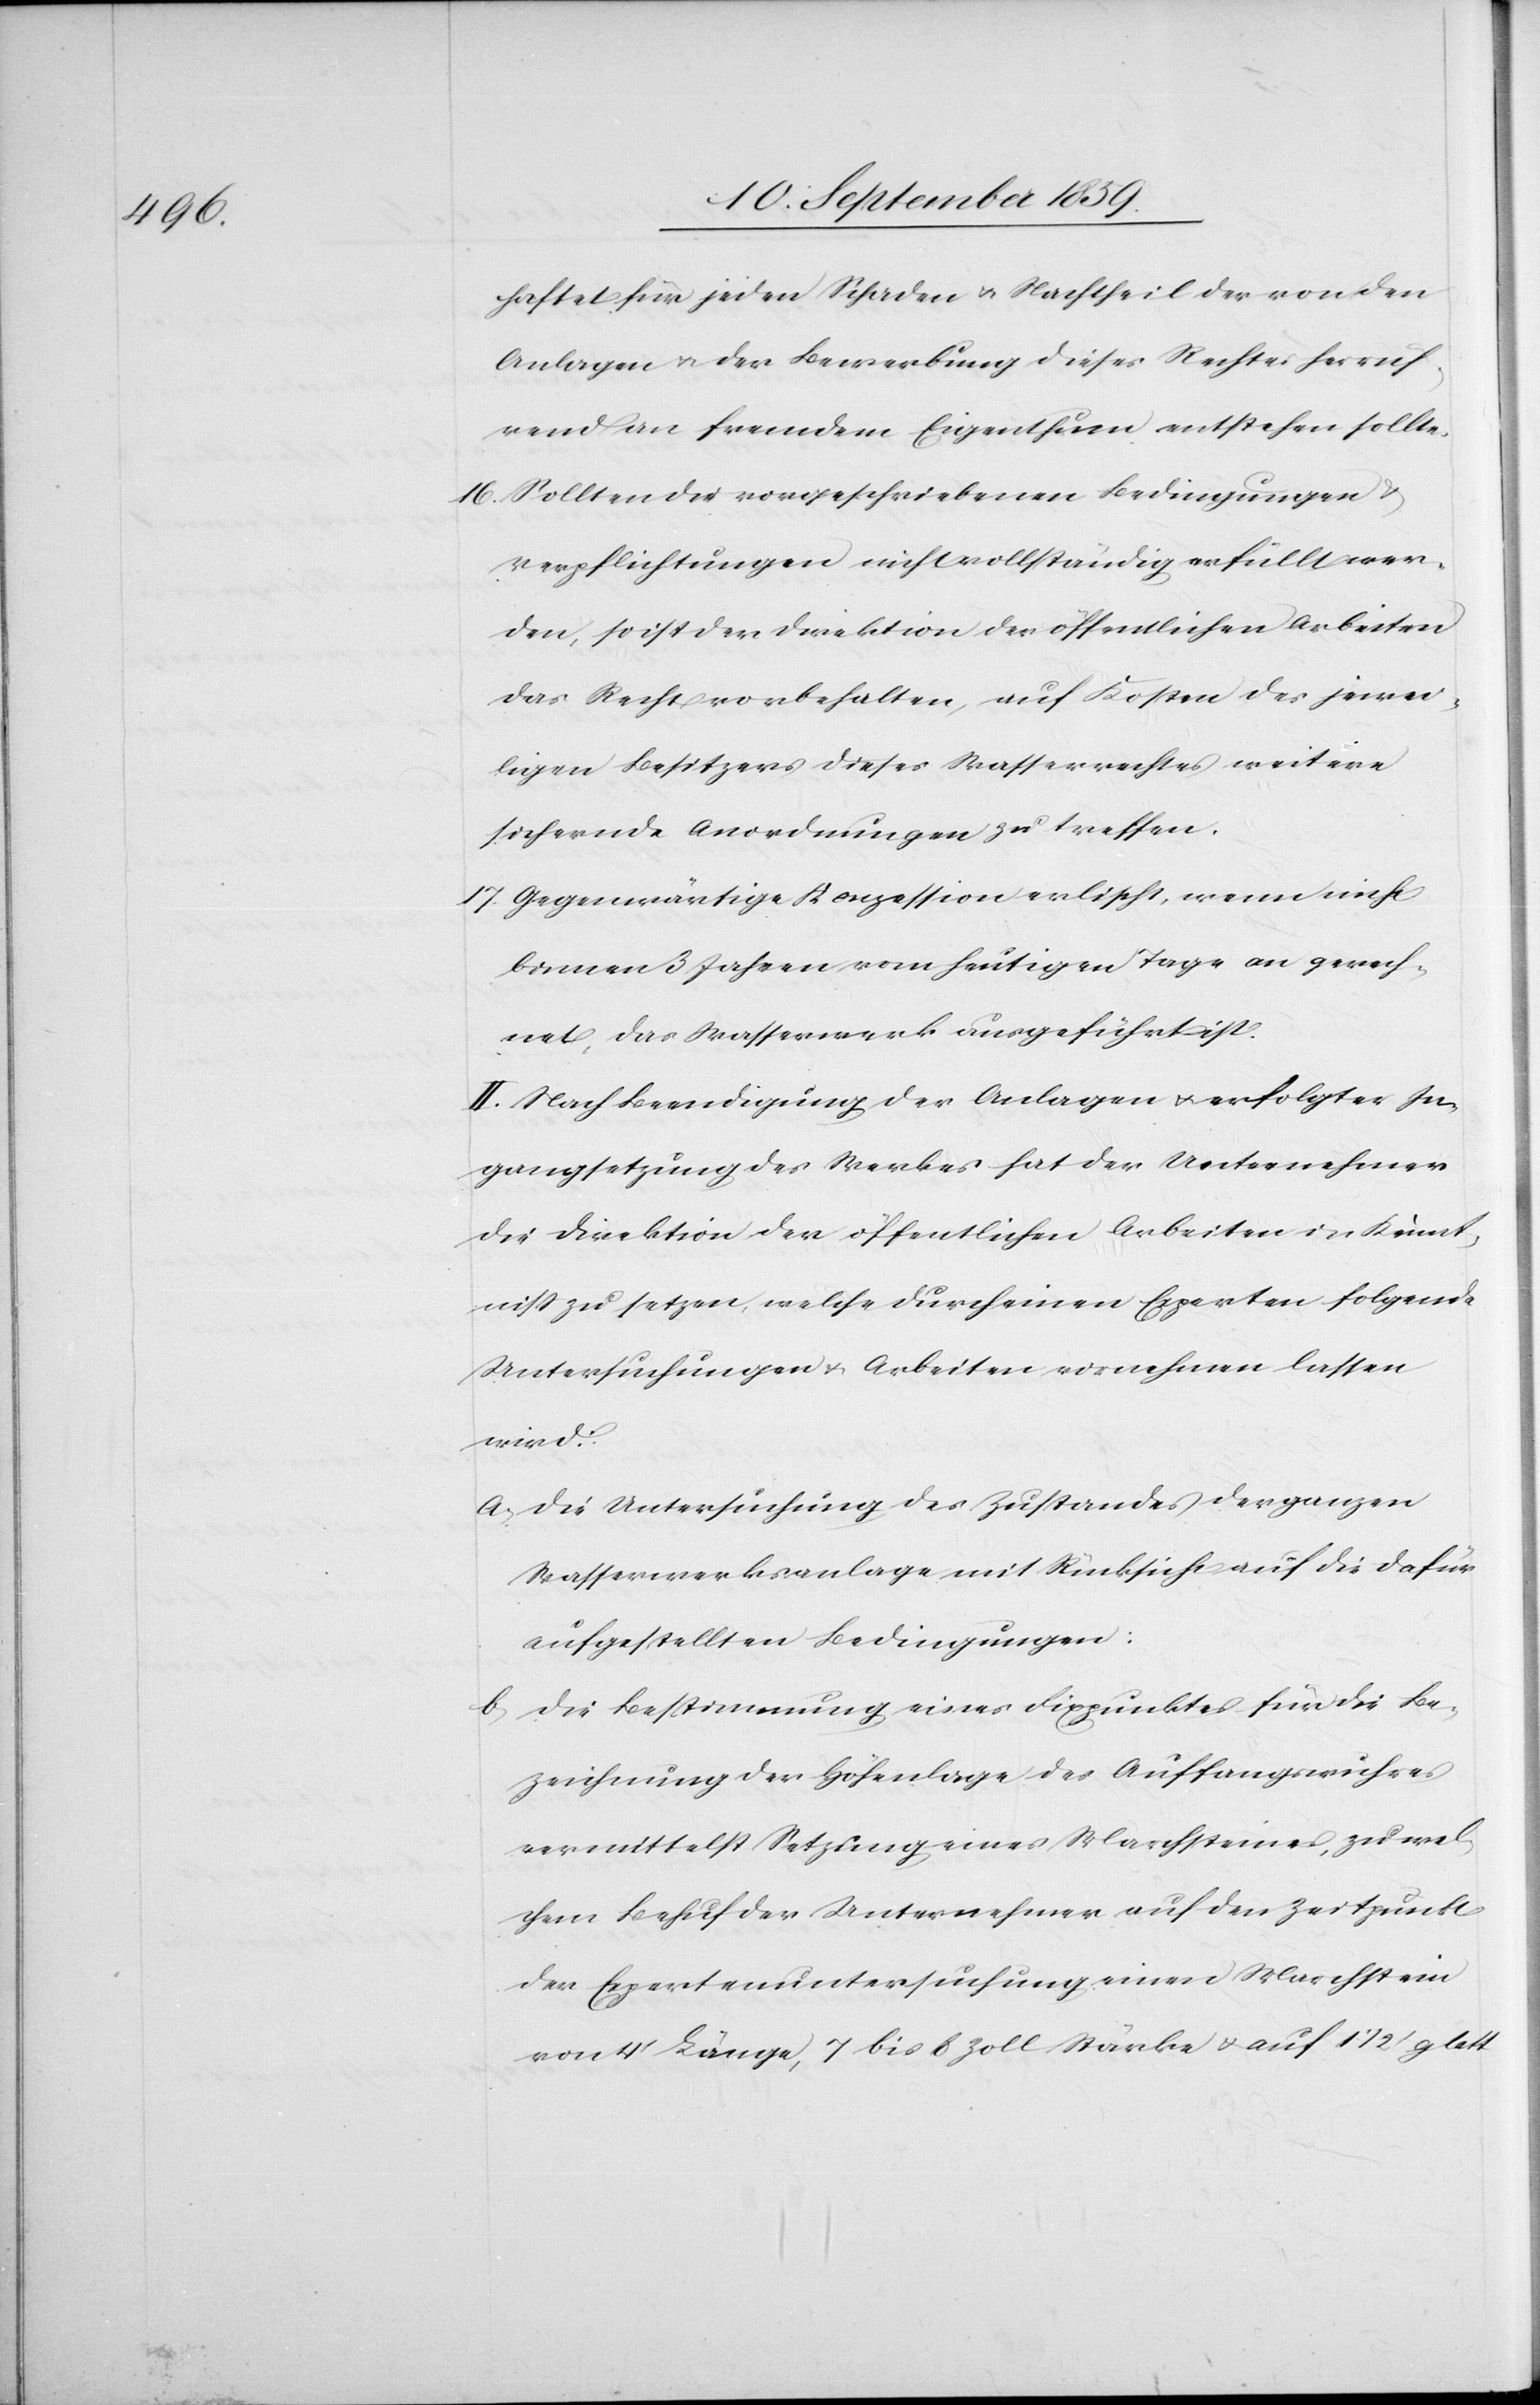
haftet für jeden Schaden & Nachtheil der von den
Anlagen & der Bewerbung dieses Rechtes herrüh¬
rend an fremdem Eigenthum entstehen sollte.
16. Sollten die vorgeschriebenen Bedingungen &
Verpflichtungen nicht vollständig erfüllt wer¬
den, so ist der Direktion der öffentlichen Arbeiten
das Recht vorbehalten, auf Kosten des jewei¬
ligen Besitzers dieses Wasserrechtes weitere
sichernde Anordnungen zu treffen.
17. Gegenwärtige Konzession erlischt, wenn nicht
binnen 3 Jahren vom heutigen Tage an gerech¬
net, das Wasserwerk ausgeführt ist.
II. Nach Beendigung der Anlagen & erfolgter In¬
gangsetzung des Werkes hat der Unternehmer
die Direktion der öffentlichen Arbeiten in Kennt¬
niß zu setzen, welche durch einen Experten folgende
Untersuchungen & Arbeiten vornehmen lassen
wird.
a. Die Untersuchung des Zustandes der ganzen
Wasserwerksanlage mit Rücksicht auf die dafür
aufgestellten Bedingungen:
b. Die Bestimmung eines Fixpunktes für die Be¬
zeichnung der Höhenlage des Auffangswuhres
vermittelst Setzung eines Marchsteines, zu wel¬
chem Behuf der Unternehmer auf den Zeitpunkt
der Expertenuntersuchung einen Marchstein
von 4’ Länge, 7 bis 8 Zoll Stärke & auf 11/2' glatt